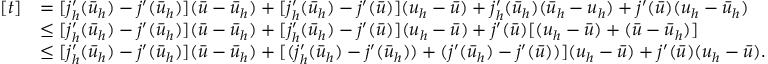
\begin{array} { r l } { [ t ] } & { = [ j _ { h } ^ { \prime } ( \bar { u } _ { h } ) - j ^ { \prime } ( \bar { u } _ { h } ) ] ( \bar { u } - \bar { u } _ { h } ) + [ j _ { h } ^ { \prime } ( \bar { u } _ { h } ) - j ^ { \prime } ( \bar { u } ) ] ( u _ { h } - \bar { u } ) + j _ { h } ^ { \prime } ( \bar { u } _ { h } ) ( \bar { u } _ { h } - u _ { h } ) + j ^ { \prime } ( \bar { u } ) ( u _ { h } - \bar { u } _ { h } ) } \\ & { \leq [ j _ { h } ^ { \prime } ( \bar { u } _ { h } ) - j ^ { \prime } ( \bar { u } _ { h } ) ] ( \bar { u } - \bar { u } _ { h } ) + [ j _ { h } ^ { \prime } ( \bar { u } _ { h } ) - j ^ { \prime } ( \bar { u } ) ] ( u _ { h } - \bar { u } ) + j ^ { \prime } ( \bar { u } ) [ ( u _ { h } - \bar { u } ) + ( \bar { u } - \bar { u } _ { h } ) ] } \\ & { \leq [ j _ { h } ^ { \prime } ( \bar { u } _ { h } ) - j ^ { \prime } ( \bar { u } _ { h } ) ] ( \bar { u } - \bar { u } _ { h } ) + [ ( j _ { h } ^ { \prime } ( \bar { u } _ { h } ) - j ^ { \prime } ( \bar { u } _ { h } ) ) + ( j ^ { \prime } ( \bar { u } _ { h } ) - j ^ { \prime } ( \bar { u } ) ) ] ( u _ { h } - \bar { u } ) + j ^ { \prime } ( \bar { u } ) ( u _ { h } - \bar { u } ) . } \end{array}